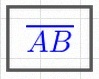
\overline{AB}